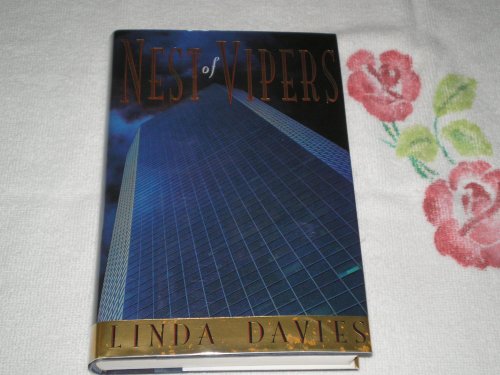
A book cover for Nest of Vipers; Linda Davies; Mystery, Thriller & Suspense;